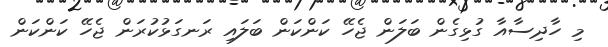
މި ހާދިސާއާ ގުޅިގެން ބަލަން ޖެހޭ ކަންކަން ބަލައި ރަނގަޅުކުރަން ޖެހޭ ކަންކަން